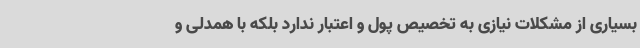
بسیاری از مشکلات نیازی به تخصیص پول و اعتبار ندارد بلکه با همدلی و